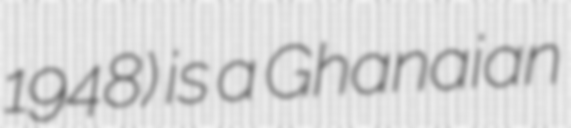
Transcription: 1948) is a Ghanaian